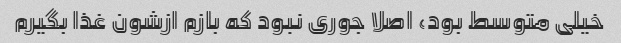
خیلی متوسط بود، اصلا جوری نبود که بازم ازشون غذا بگیرم